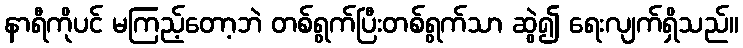
နာရီကိုပင် မကြည့်တော့ဘဲ တစ်ရွက်ပြီးတစ်ရွက်သာ ဆွဲ၍ ရေးလျက်ရှိသည်။